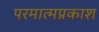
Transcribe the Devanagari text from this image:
परमात्मप्रकाश